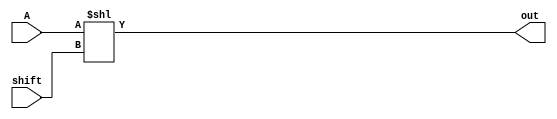

//  left and right shift module..

module left_shift(A, shift, out);
    input [53:0] A;
    input [5:0] shift;
    output reg [53:0] out;

    integer k;
    always @(shift) begin
        k = shift;
        out = A << k;
    end

endmodule

module right_shift(A, shift, out);
    input [52:0] A;
    input [5:0] shift;
    output reg [52:0] out;

    integer k;
    always @(shift) begin
        k = shift;
        out = A >> k;
    end

endmodule